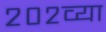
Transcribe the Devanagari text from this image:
२०२व्या